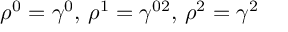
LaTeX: \rho ^ { 0 } = \gamma ^ { 0 } , \, \rho ^ { 1 } = \gamma ^ { 0 2 } , \, \rho ^ { 2 } = \gamma ^ { 2 }